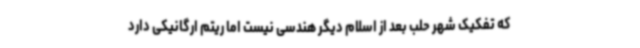
که تفکیک شهر حلب بعد از اسلام دیگر هندسی نیست اما ریتم ارگانیکی دارد